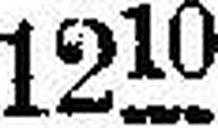
1212